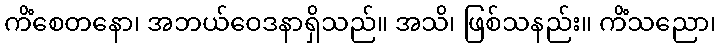
ကိံစေတနော၊ အဘယ်ဝေဒနာရှိသည်။ အသိ၊ ဖြစ်သနည်း။ ကိံသညော၊